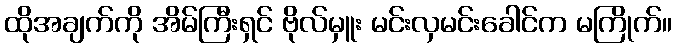
ထိုအချက်ကို အိမ်ကြီးရှင် ဗိုလ်မှူး မင်းလှမင်းခေါင်က မကြိုက်။